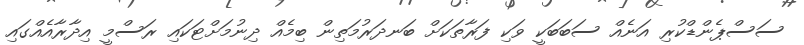
ސަސްޕެންޑްކުރި އަނެއް ސަބަބަކީ ވަކި ފަރާތަކަށް ބަނދަރުމަތިން ބިމެއް ދިނުމަށްޓަކައި ރަސްމީ އިދާރާއެއްގައި